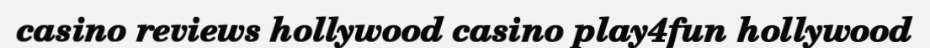
casino reviews hollywood casino play4fun hollywood